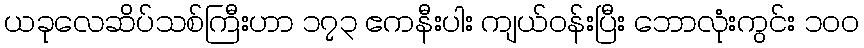
ယခုလေဆိပ်သစ်ကြီးဟာ ၁၇၃ ဧကနီးပါး ကျယ်ဝန်းပြီး ဘောလုံးကွင်း ၁၀၀